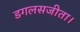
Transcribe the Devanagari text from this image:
डगलसजीता।